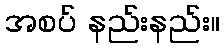
အစပ် နည်းနည်း။